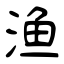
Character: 渔